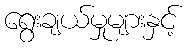
ရွေးချယ်မှုများနှင့်